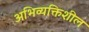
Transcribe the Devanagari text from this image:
अभिव्यक्तिशील